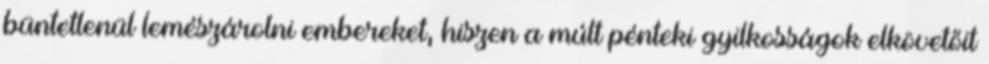
büntetlenül lemészárolni embereket, hiszen a múlt pénteki gyilkosságok elkövetőit